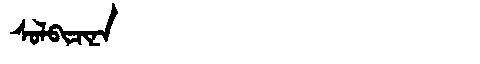
Manchu: ᠰᠣᠯᠪᡳᠴᡳᠨᠠ
Romanization: SOLBICINA